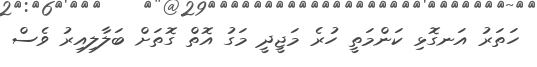
ހަތަރު އަނގޮޅި ކަންމަތީ ހުރެ މަޖީދީ މަގު އޮތް ގޮތަށް ބަލާލިއިރު ވެސް